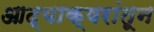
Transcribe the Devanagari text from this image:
आद्याक्षरांतून